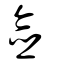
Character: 僉